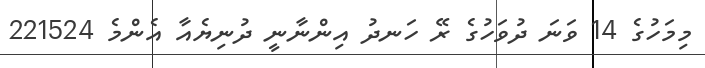
މިމަހުގެ 14 ވަނަ ދުވަހުގެ ރޭ ހަނދު އިންނާނީ ދުނިޔެއާ އެންމެ 221524